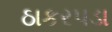
ઠાકરપડા